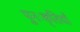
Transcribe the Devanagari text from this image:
पुनःकृतियाँ